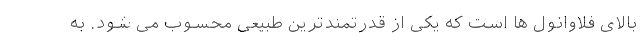
بالای فلاوانول ها است که یکی از قدرتمندترین طبیعی محسوب می شود. به